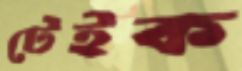
টেইক